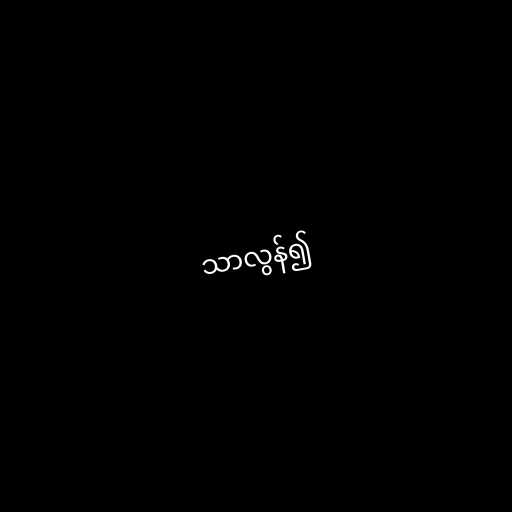
သာလွန်၍